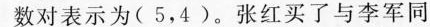
数对表示为(5，4)。张红买了与李军同